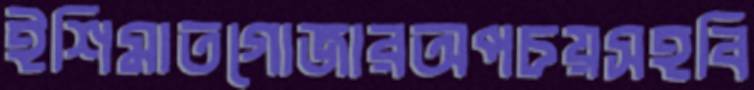
ইশিমাতগোজারঅপচয়সহবি